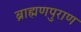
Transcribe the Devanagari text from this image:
ब्राह्मणपुराण